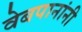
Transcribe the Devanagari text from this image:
वेबपानांनी